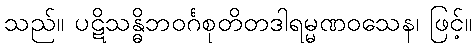
သည်။ ပဋိသန္ဓိဘဝင်္ဂစုတိတဒါရမ္မဏဝသေန၊ ဖြင့်။